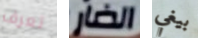
تعرف الضار بيغي